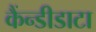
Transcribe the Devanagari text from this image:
कैंन्डीडाटा